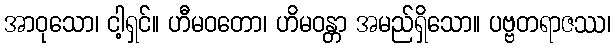
အာဝုသော၊ ငါ့ရှင်။ ဟီမဝတော၊ ဟိမဝန္တာ အမည်ရှိသော။ ပဗ္ဗတရာဇဿ၊